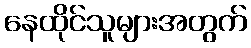
နေထိုင်သူများအတွက်